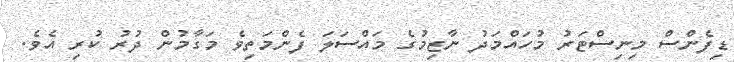
ޑިފެންސް މިނިސްޓަރު މުހައްމަދު ނާޒިމުގެ މައްސަލަ ފެންމަތިވެ މަގާމުން ދުރު ކުރި އެވެ.